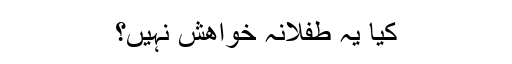
کیا یہ طفلانہ خواھش نہیں؟